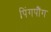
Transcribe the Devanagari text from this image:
पिंगपौंग